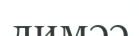
лимәә